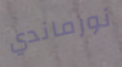
نورماندي